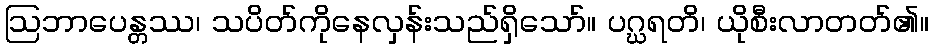
ဩဘာပေန္တဿ၊ သပိတ်ကိုနေလှန်းသည်ရှိသော်။ ပဂ္ဃရတိ၊ ယိုစီးလာတတ်၏။